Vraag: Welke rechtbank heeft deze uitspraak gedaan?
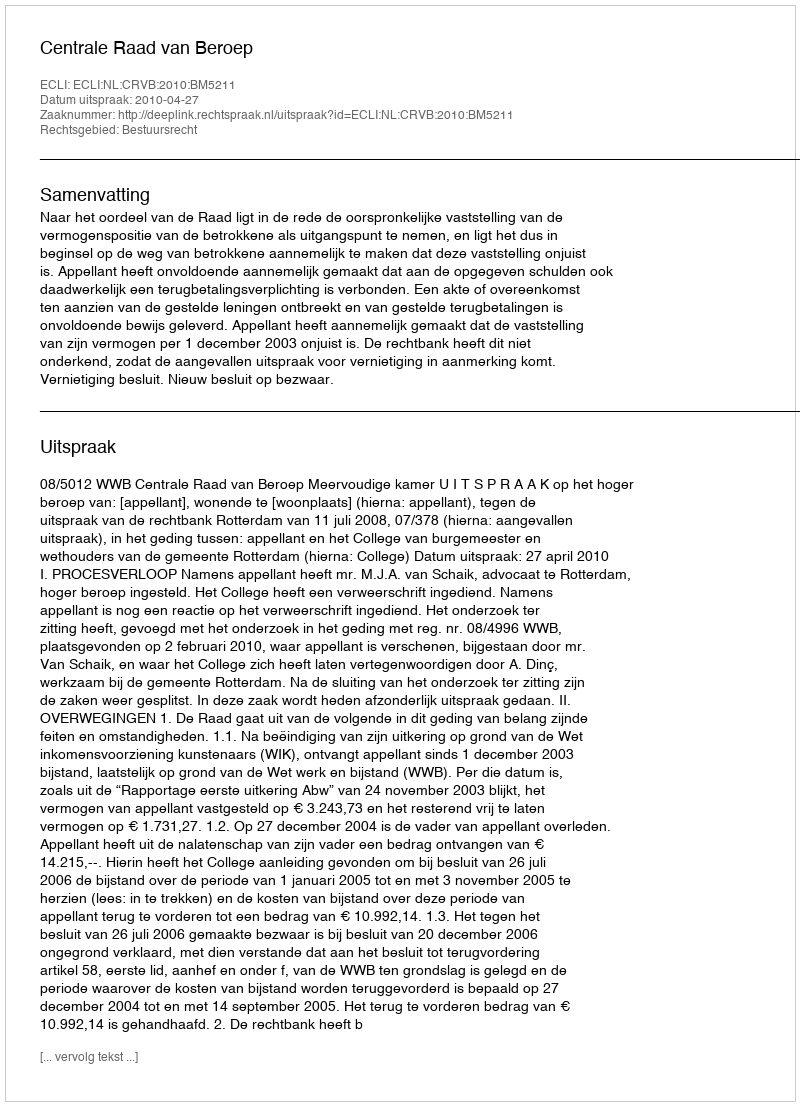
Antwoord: Centrale Raad van Beroep